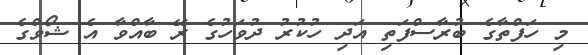
މި ހަފްތާގެ ބުރާސްފަތި އަދި ހުކުރު ދުވަހުގެ ރޭ ބާއްވާ އެ ޝޯވްގެ